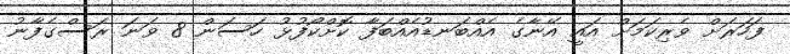
ފަހަރަށް ވެރިކަމަށް އައީ އޭނާގެ އެއްބަނޑުއެއްބަފާ ކޮށްކޯފުޅު ހަސަން 8 ވަނަ ރަސްގެފާނު